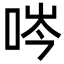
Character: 㖗